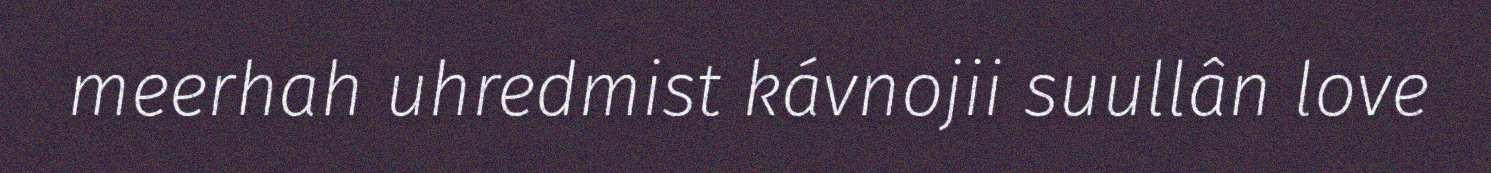
meerhah uhredmist kávnojii suullân love